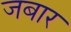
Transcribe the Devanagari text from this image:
जबार